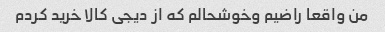
من واقعا راضیم وخوشحالم که از دیجی کالا خرید کردم